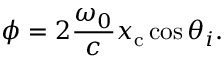
\phi = 2 \frac { \omega _ { 0 } } { c } x _ { \mathrm { c } } \cos \theta _ { i } .